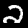
Digit: 2